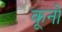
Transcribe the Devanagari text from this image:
कूनो